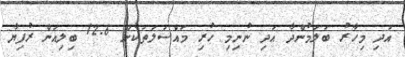
އަދި މިހާރު ބަލަމުންދާ އަދި ނުނިމި ހުރި މައްސަލަތަކުން 12.6 ބިލިއަން ރުފިޔާ